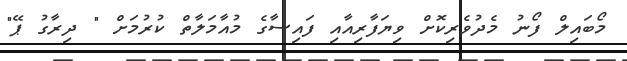
މޯބައިލް ފޯނު މެދުވެރިކޮށް ވިޔަފާރިއާއި ފައިސާގެ މުއާމަލާތް ކުރުމަށް " ދިރާގު ޕޭ"